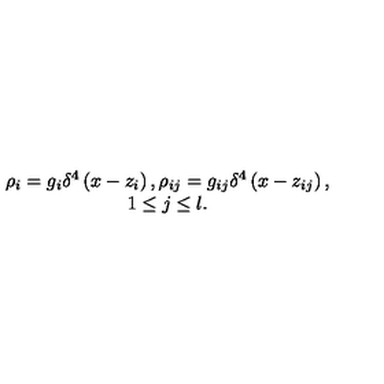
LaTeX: \begin{array} { c } { \rho _ { i } = g _ { i } \delta ^ { 4 } \left( x - z _ { i } \right) , \rho _ { i j } = g _ { i j } \delta ^ { 4 } \left( x - z _ { i j } \right) , } \\ { 1 \leq j \leq l . } \\ \end{array}